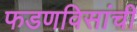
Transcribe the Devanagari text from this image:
फडणविसांची